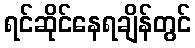
ရင်ဆိုင်နေရချိန်တွင်